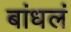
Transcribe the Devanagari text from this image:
बांधलं